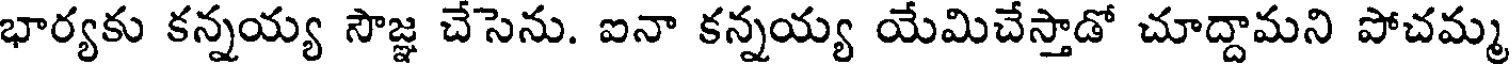
భార్యకు కన్నయ్య సౌజ్ఞ చేసెను. ఐనా కన్నయ్య యేమిచేస్తాడో చూద్దామని పోచమ్మ